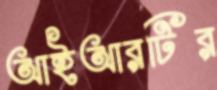
আইআরটির